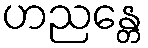
ဟညန္တေ